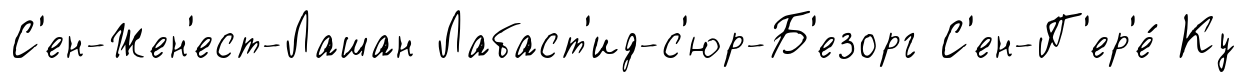
С'ен-Жен'ест-Лашан Лабаст'ид-с'юр-Б'езорг С'ен-П'ер'е́ Ку